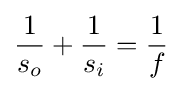
{1 \over s_{o}}+{1 \over s_{i}}={1 \over f}